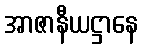
အာဇာနီယဋ္ဌာနေ